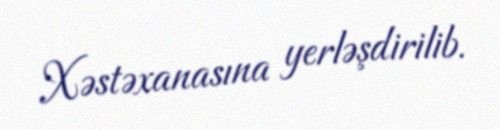
Xəstəxanasına yerləşdirilib.